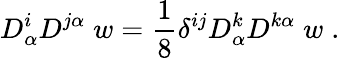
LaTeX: D_{\alpha}^{i}D^{j\alpha}\; w={\frac{1}{8}}\delta^{ij}D_{\alpha}^{k}D^{k\alpha}\; w\; .